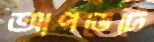
আপডেটে